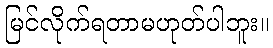
မြင်လိုက်ရတာမဟုတ်ပါဘူး။